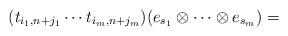
LaTeX: \begin{align*}(t_{i_1,n+j_1} \cdots t_{i_m, n+ j_m})(e_{s_1} \otimes \dots \otimes e_{s_m}) = \end{align*}